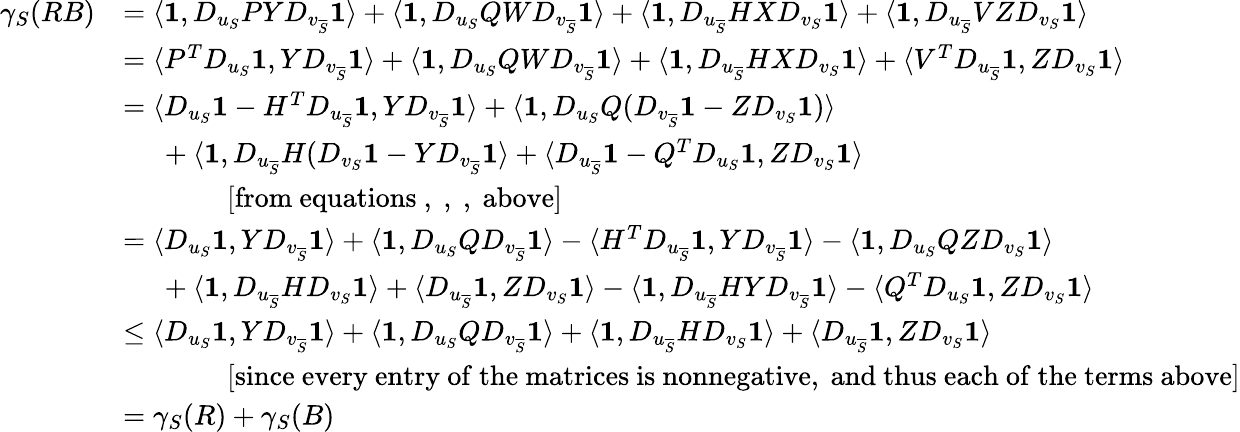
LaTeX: \begin{array}{rl}{\gamma_{S}(RB)}&{=\langle\boldsymbol{1},D_{u_{S}}PYD_{v_{\overline{{S}}}}\boldsymbol{1}\rangle+\langle\boldsymbol{1},D_{u_{S}}QWD_{v_{\overline{{S}}}}\boldsymbol{1}\rangle+\langle\boldsymbol{1},D_{u_{\overline{{S}}}}HXD_{v_{S}}\boldsymbol{1}\rangle+\langle\boldsymbol{1},D_{u_{\overline{{S}}}}VZD_{v_{S}}\boldsymbol{1}\rangle}\\ &{=\langle P^{T}D_{u_{S}}\boldsymbol{1},YD_{v_{\overline{{S}}}}\boldsymbol{1}\rangle+\langle\boldsymbol{1},D_{u_{S}}QWD_{v_{\overline{{S}}}}\boldsymbol{1}\rangle+\langle\boldsymbol{1},D_{u_{\overline{{S}}}}HXD_{v_{S}}\boldsymbol{1}\rangle+\langle V^{T}D_{u_{\overline{{S}}}}\boldsymbol{1},ZD_{v_{S}}\boldsymbol{1}\rangle}\\ &{=\langle D_{u_{S}}\boldsymbol{1}-H^{T}D_{u_{\overline{{S}}}}\boldsymbol{1},YD_{v_{\overline{{S}}}}\boldsymbol{1}\rangle+\langle\boldsymbol{1},D_{u_{S}}Q(D_{v_{\overline{{S}}}}\boldsymbol{1}-ZD_{v_{S}}\boldsymbol{1})\rangle}\\ &{\ \ \ \ \ +\langle\boldsymbol{1},D_{u_{\overline{{S}}}}H(D_{v_{S}}\boldsymbol{1}-YD_{v_{\overline{{S}}}}\boldsymbol{1}\rangle+\langle D_{u_{\overline{{S}}}}\boldsymbol{1}-Q^{T}D_{u_{S}}\boldsymbol{1},ZD_{v_{S}}\boldsymbol{1}\rangle}\\ &{\, \, \, \, \, \, \, \, \, \, \, \, \, \, \, \, \, \, \, \, \, \, \mathrm{[from~equations~,~,~,~above]}}\\ &{=\langle D_{u_{S}}\boldsymbol{1},YD_{v_{\overline{{S}}}}\boldsymbol{1}\rangle+\langle\boldsymbol{1},D_{u_{S}}QD_{v_{\overline{{S}}}}\boldsymbol{1}\rangle-\langle H^{T}D_{u_{\overline{{S}}}}\boldsymbol{1},YD_{v_{\overline{{S}}}}\boldsymbol{1}\rangle-\langle\boldsymbol{1},D_{u_{S}}QZD_{v_{S}}\boldsymbol{1}\rangle}\\ &{\ \ \ \ \ +\langle\boldsymbol{1},D_{u_{\overline{{S}}}}HD_{v_{S}}\boldsymbol{1}\rangle+\langle D_{u_{\overline{{S}}}}\boldsymbol{1},ZD_{v_{S}}\boldsymbol{1}\rangle-\langle\boldsymbol{1},D_{u_{\overline{{S}}}}HYD_{v_{\overline{{S}}}}\boldsymbol{1}\rangle-\langle Q^{T}D_{u_{S}}\boldsymbol{1},ZD_{v_{S}}\boldsymbol{1}\rangle}\\ &{\leq\langle D_{u_{S}}\boldsymbol{1},YD_{v_{\overline{{S}}}}\boldsymbol{1}\rangle+\langle\boldsymbol{1},D_{u_{S}}QD_{v_{\overline{{S}}}}\boldsymbol{1}\rangle+\langle\boldsymbol{1},D_{u_{\overline{{S}}}}HD_{v_{S}}\boldsymbol{1}\rangle+\langle D_{u_{\overline{{S}}}}\boldsymbol{1},ZD_{v_{S}}\boldsymbol{1}\rangle}\\ &{\, \, \, \, \, \, \, \, \, \, \, \, \, \, \, \, \, \, \, \, \, \, \mathrm{[since~every~entry~of~the~matrices~is~nonnegative,~and~thus~each~of~the~terms~above]}}\\ &{=\gamma_{S}(R)+\gamma_{S}(B)}\end{array}